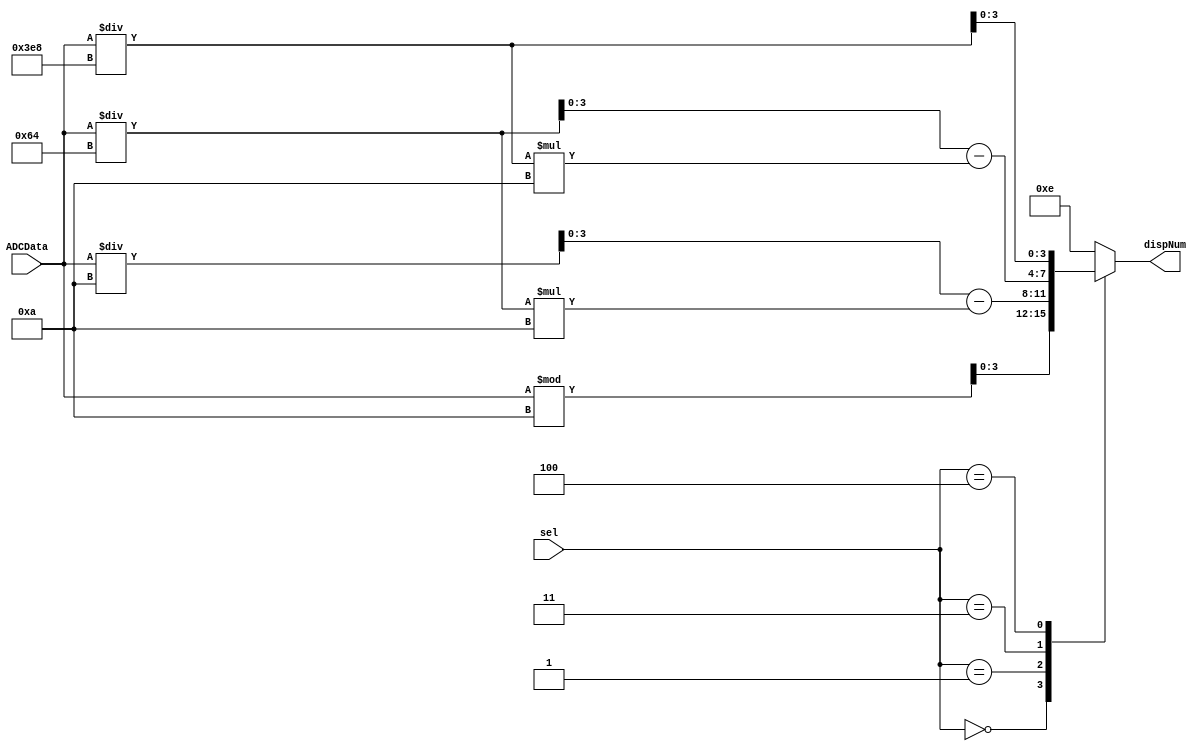
module determineNum(
	input [2:0] sel,
	input [8:0] ADCData,
	//input reset_n,
	output reg [3:0] dispNum
	);

	parameter S0 = 3'b000;
	parameter S1 = 3'b001;
	parameter S2 = 3'b011; 
	parameter S3 = 3'b100;

	//wire [200:0] internal;
	
	always @ (*)
		begin
			case(sel)
				S0:		 dispNum = ADCData % 10;
				S1:		 dispNum = ADCData / 10 - (ADCData/100)*10;
				S2: 	 dispNum = ADCData / 100 - (ADCData/1000)*10;
				S3:		 dispNum = ADCData / 1000;
				default: dispNum = 4'b1110;
			endcase
			/*
			case(sel)
				D1:		 dispNum = ADCData - (ADCData/10)*10;
				D2:		 dispNum = ADCData / 10 - (ADCData/100)*10;
				D3: 	 dispNum = ADCData / 100 - (ADCData/1000)*10;
				D4:		 dispNum = ADCData / 1000;
				default: dispNum = 4'b1110;
			endcase
			*/
		end
		
 

endmodule